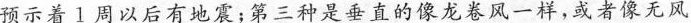
预示着周以后有地震；第三种是垂直的像龙卷风一样，或者像无风